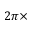
2 \pi \times